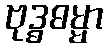
ဗုဒ္ဓဓမ္မာ